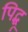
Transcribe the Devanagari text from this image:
पिद्धू